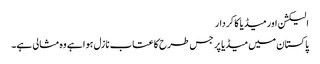
الیکشن اور میڈیا کا کردار
پاکستان میں میڈیا پر جس طرح کا عتاب نازل ہوا ہے وہ مثالی ہے۔